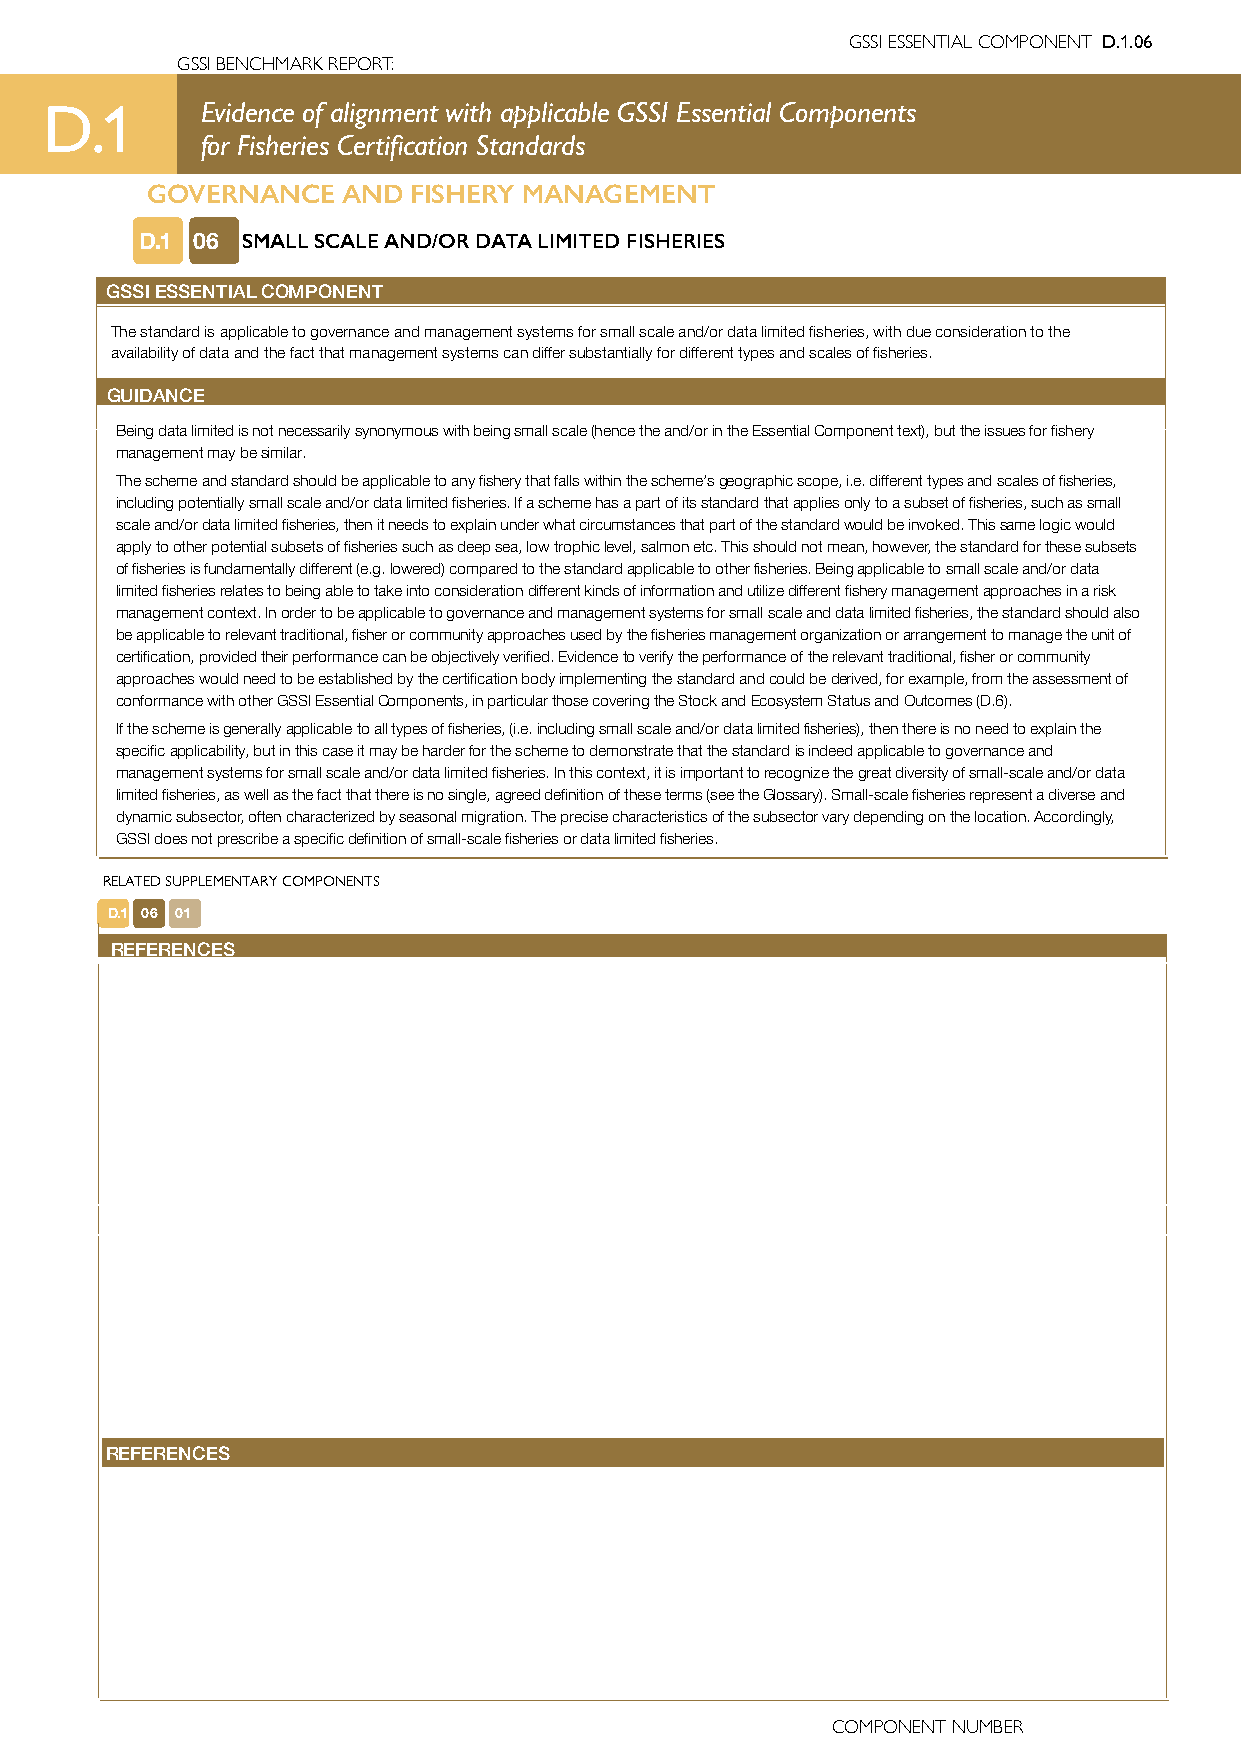
GSSI ESSENTIAL COMPONENT D.1.06
 GSSI BENCHMARK REPORT:
 D.1       Evidence of alignment with applicable GSSI Essential Components
 for Fisheries Certification Standards
 GOVERNANCE   AND FISHERY MANAGEMENT
 D.1 06 SMALL SCALE AND/OR DATA LIMITED FISHERIES
 GSSI ESSENTIAL COMPONENT
 The standard is applicable to governance and management systems for small scale and/or data limited fisheries, with due consideration to the
 availability of data and the fact that management systems can differ substantially for different types and scales of fisheries.
 GUIDANCE
 Being data limited is not necessarily synonymous with being small scale (hence the and/or in the Essential Component text), but the issues for fishery
 management may be similar.
 The scheme and standard should be applicable to any fishery that falls within the scheme’s geographic scope, i.e. different types and scales of fisheries,
 including potentially small scale and/or data limited fisheries. If a scheme has a part of its standard that applies only to a subset of fisheries, such as small
 scale and/or data limited fisheries, then it needs to explain under what circumstances that part of the standard would be invoked. This same logic would
 apply to other potential subsets of fisheries such as deep sea, low trophic level, salmon etc. This should not mean, however, the standard for these subsets
 of fisheries is fundamentally different (e.g. lowered) compared to the standard applicable to other fisheries. Being applicable to small scale and/or data
 limited fisheries relates to being able to take into consideration different kinds of information and utilize different fishery management approaches in a risk
 management context. In order to be applicable to governance and management systems for small scale and data limited fisheries, the standard should also
 be applicable to relevant traditional, fisher or community approaches used by the fisheries management organization or arrangement to manage the unit of
 certification, provided their performance can be objectively verified. Evidence to verify the performance of the relevant traditional, fisher or community
 approaches would need to be established by the certification body implementing the standard and could be derived, for example, from the assessment of
 conformance with other GSSI Essential Components, in particular those covering the Stock and Ecosystem Status and Outcomes (D.6).
 If the scheme is generally applicable to all types of fisheries, (i.e. including small scale and/or data limited fisheries), then there is no need to explain the
 specific applicability, but in this case it may be harder for the scheme to demonstrate that the standard is indeed applicable to governance and
 management systems for small scale and/or data limited fisheries. In this context, it is important to recognize the great diversity of small-scale and/or data
 limited fisheries, as well as the fact that there is no single, agreed definition of these terms (see the Glossary). Small-scale fisheries represent a diverse and
 dynamic subsector, often characterized by seasonal migration. The precise characteristics of the subsector vary depending on the location. Accordingly,
 GSSI does not prescribe a specific definition of small-scale fisheries or data limited fisheries.
 RELATED SUPPLEMENTARY COMPONENTS
 D.1 06 01
 REFERENCES
 REFERENCES
 COMPONENT NUMBER